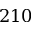
2 1 0